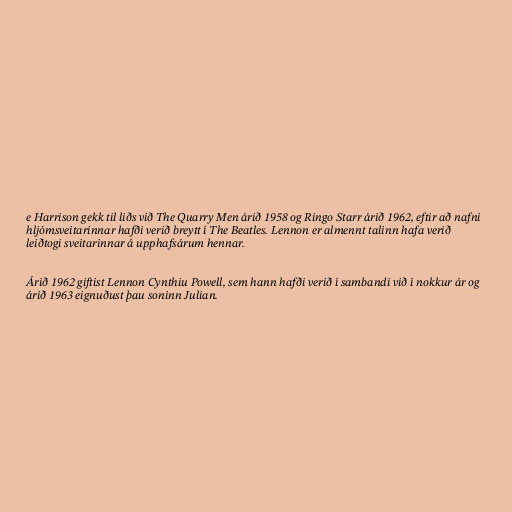
e Harrison gekk til liðs við The Quarry Men árið 1958 og Ringo Starr árið 1962, eftir að nafni
hljómsveitarinnar hafði verið breytt í The Beatles. Lennon er almennt talinn hafa verið
leiðtogi sveitarinnar á upphafsárum hennar.

Árið 1962 giftist Lennon Cynthiu Powell, sem hann hafði verið í sambandi við í nokkur ár og
árið 1963 eignuðust þau soninn Julian.